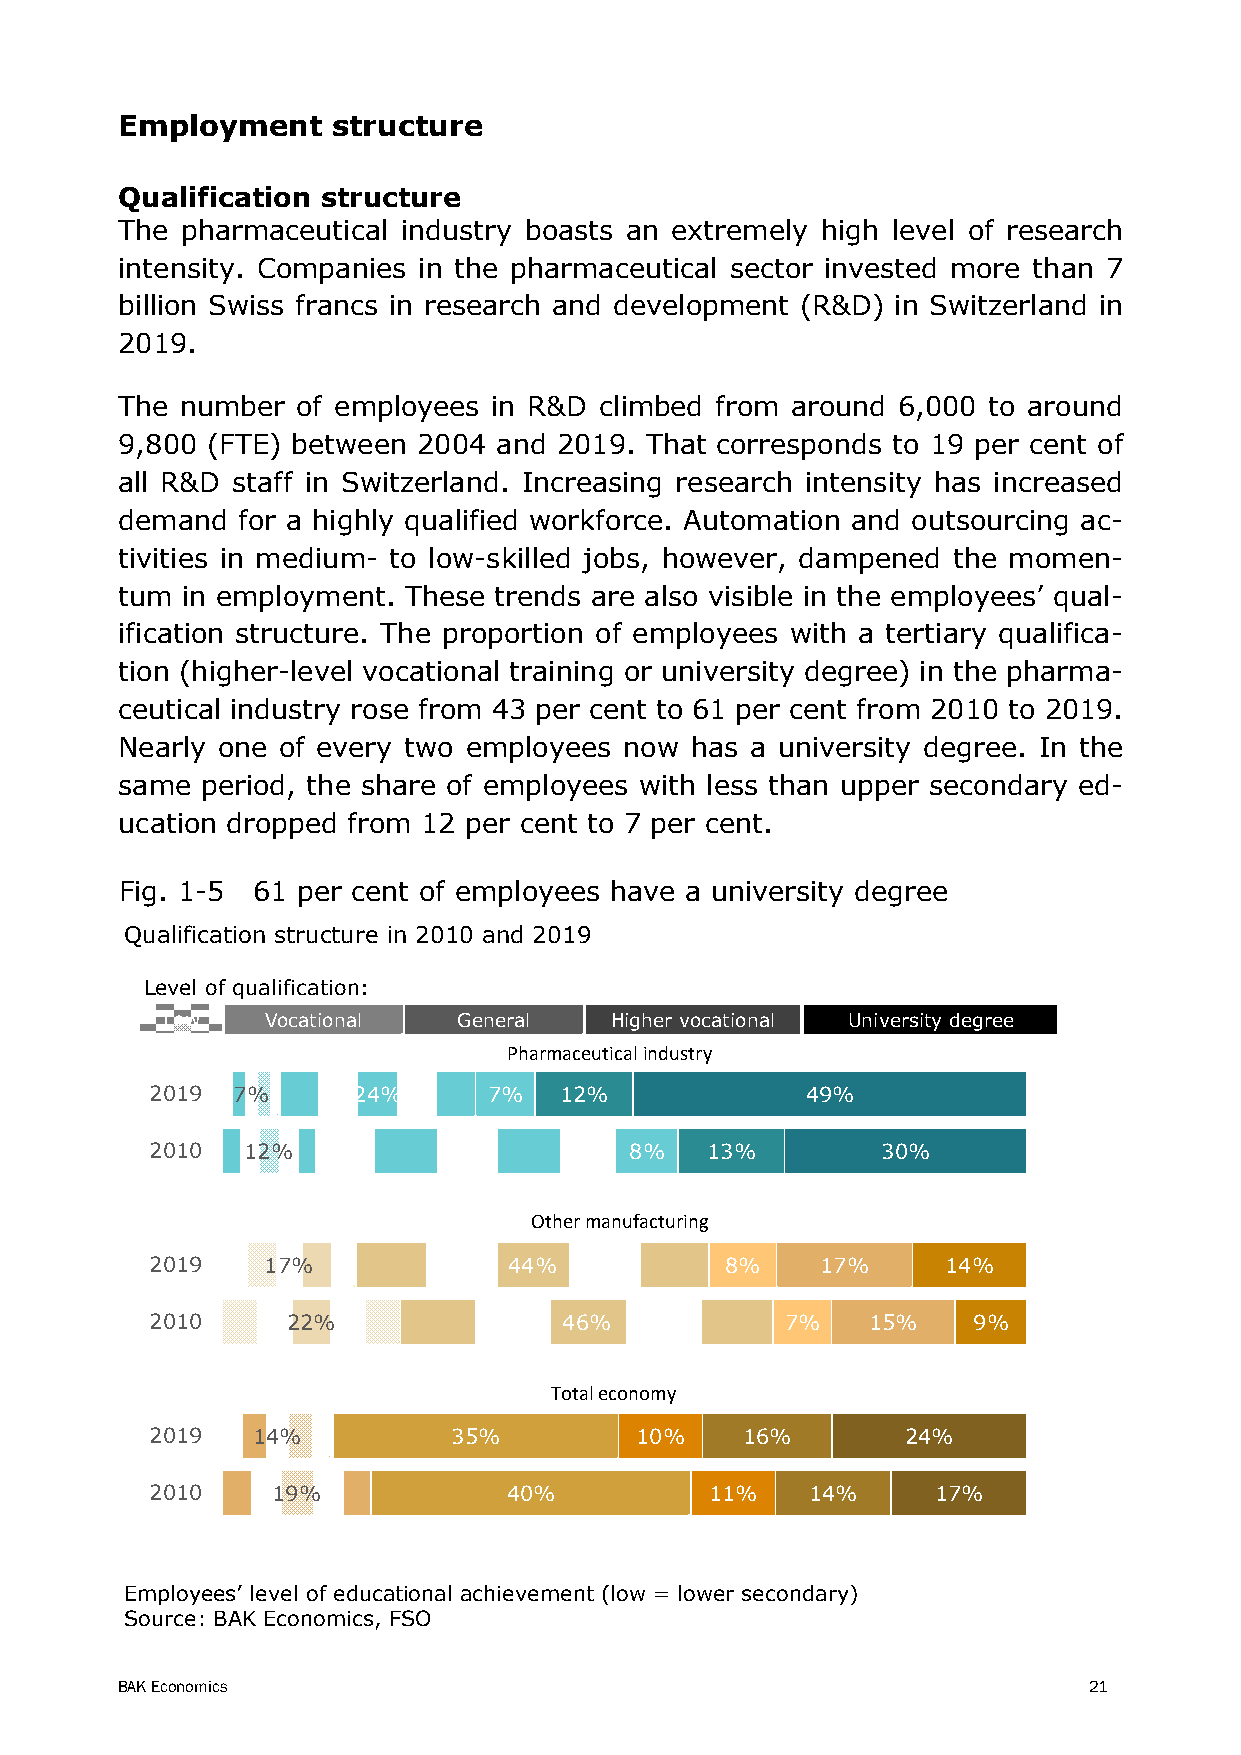
Employment    structure
 Qualification structure
 The pharmaceutical industry boasts an extremely high level of research
 intensity. Companies in the pharmaceutical sector invested more than 7
 billion Swiss francs in research and development (R&D) in Switzerland in
 2019.
 The number  of employees in R&D climbed from around 6,000 to around
 9,800 (FTE) between 2004 and 2019. That corresponds to 19 per cent of
 all R&D staff in Switzerland. Increasing research intensity has increased
 demand  for a highly qualified workforce. Automation and outsourcing ac-
 tivities in medium- to low-skilled jobs, however, dampened the momen-
 tum in employment. These trends are also visible in the employees’ qual-
 ification structure. The proportion of employees with a tertiary qualifica-
 tion (higher-level vocational training or university degree) in the pharma-
 ceutical industry rose from 43 per cent to 61 per cent from 2010 to 2019.
 Nearly one of every two employees now has a university degree. In the
 same period, the share of employees with less than upper secondary ed-
 ucation dropped from 12 per cent to 7 per cent.
 Fig. 1-5 61 per cent of employees have a university degree
 Qualification structure in 2010 and 2019
 Level of qualification:
 Low    Vocational  General   Higher vocational University degree
 Pharmaceutical industry
 2019 7%      24%      7%   12%             49%
 2010  12%          37%          8%   13%        30%
 Other manufacturing
 2019   17%              44%           8%    17%      14%
 2010     22%               46%            7%   15%    9%
 Totaleconomy
 2019   14%          35%         10%    16%        24%
 2010    19%             40%          11%    14%     17%
 Employees’ level of educational achievement (low = lower secondary)
 Source: BAK Economics, FSO
 BAK Economics                                                   21